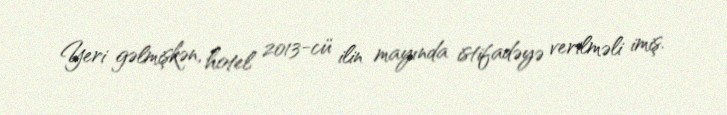
Yeri gəlmişkən, hotel 2013-cü ilin mayında istifadəyə verilməli imiş.